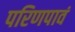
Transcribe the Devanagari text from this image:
परिणपावं